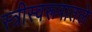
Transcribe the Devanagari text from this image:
स्त्रीस्वरूपातले